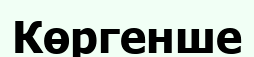
Көргенше